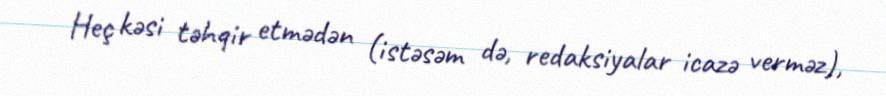
Heç kəsi təhqir etmədən (istəsəm də, redaksiyalar icazə verməz),